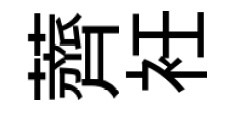
薺衽